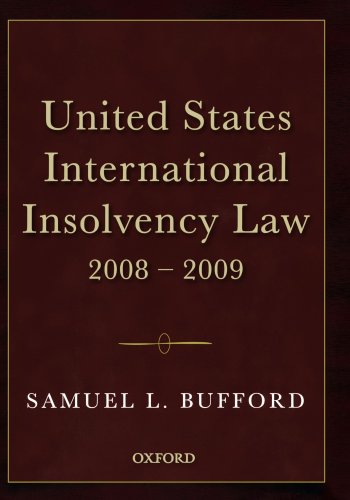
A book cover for United States International Insolvency Law 2008-2009; The Honorable Samuel L Bufford; Law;